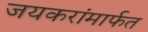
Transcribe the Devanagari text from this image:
जयकरांमार्फत